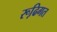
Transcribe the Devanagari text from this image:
रूढि़गत